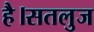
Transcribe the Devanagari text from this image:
है।सतलुज